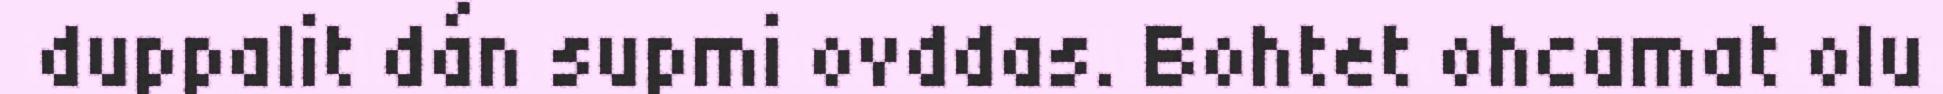
duppalit dán supmi ovddas. Bohtet ohcamat olu